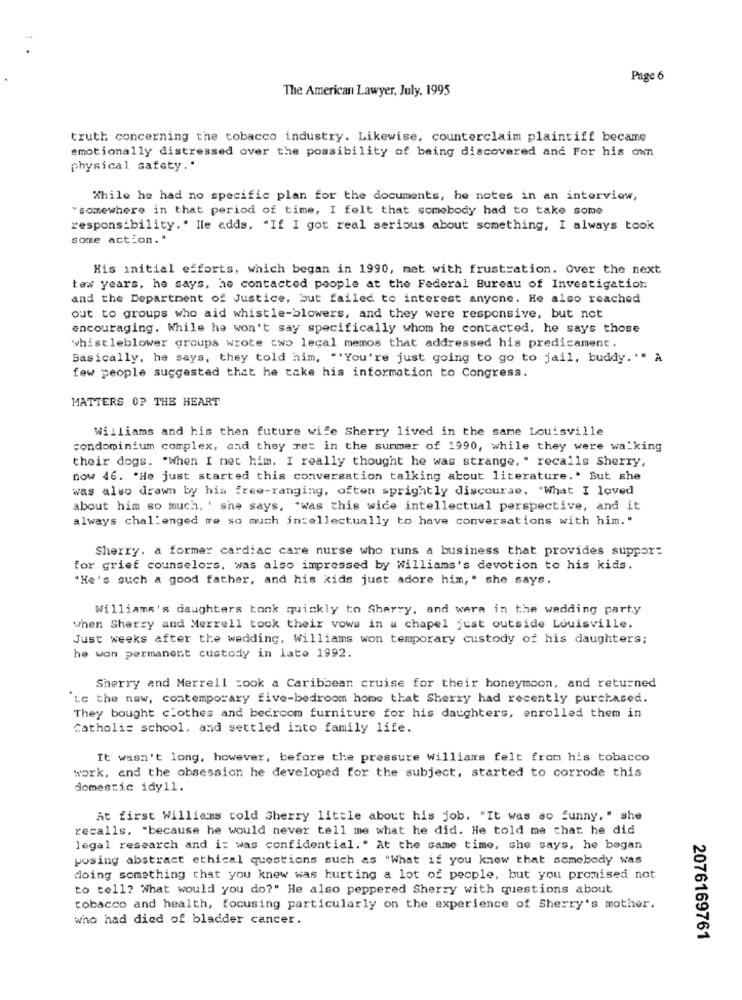
Page 6
The American Lawyer, July, 1995
truth concerning the tobacco industry. Likewise, counterclaim plaintiff became
emotionally distressed over the possibility of being discovered and For his own
physical safety."
While he had no specific plan for the documents, he notes in an interview,
"somewhere in that period of time, I felt that somebody had to take some
responsibility." Ile adds, "If I got real serious about something, I always took
some action."
His initial efforts, which began in 1990, met with frustration. Over the next
tes years, he says, he contacted people at the Federal Bureau of Investigation
and the Department of Justice, but failed to interest anyone. He also reached
out to groups who aid whistle-blowers, and they were responsive, but not
encouraging. While he won't say specifically whom he contacted, he says those
whistleblower groups wrote cwo lecal memos that addressed his predicament.
Basically, he says, they told him, ""You're just going to go to jail, buddy."" A
few people suggested that he take his information to Congress.
MATTERS OF THE HEART
Williams and his then future wife Sherry lived in the same Louisville
condominium complex, and they re: in the summer of 1990, while they were walking
their dogs. "When I net him. I really thought he was strange, " recalls Sherry,
now 46. "He just started this conversation talking about literature .. But she
was also drawn by his free-ranging, often sprightly discourse. "What I loved
about him so much, ' she says, "was this wide intellectual perspective, and it
always challenged te so much intellectually to have conversations with him."
Sherry, a former cardiac care nurse who runs a business that provides support
for grief counselors, was also impressed by Williams's devotion to his kids.
"He's such a good father, and his kids just adore him, " she says.
Williams's daughters tonk quickly to Sherry, and were in the wedding party
when Sherry and Merrell took their vows in a chapel just outside Louisville.
Just weeks after the wedding, Williams won temporary custody of his daughters;
he won permanent custody in late 1992.
Sherry and Merrell cook a Caribbean cruise for their honeymoon, and returned
'te the new, contemporary five-bedroom home that Sherry had recently purchased.
They bought clothes and bedroom furniture for his daughters, enrolled them in
Catholic school, and settled into family life.
It wasn't long, however, before the pressure williams felt from his tobacco
work, and the obsession he developed for the subject, started to corrode this
domestic idyll.
At first Williams told Sherry little about his job. "It was so funny, " she
recalls, "because he would never tell me what he did. He told me that he did
legal research and i: was confidential." At the same time, she says, he began
posing abstract ethical questions such as "What if you knew that somebody was
doing something that you knew was hurting a lot of pecple, but you promised not
to tell? What would you do?" He also peppered Sherry with questions about
tobacco and health, focusing particularly on the experience of Sherry's mother.
who had died of bladder cancer.
2076169761